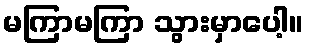
မကြာမကြာ သွားမှာပေါ့။